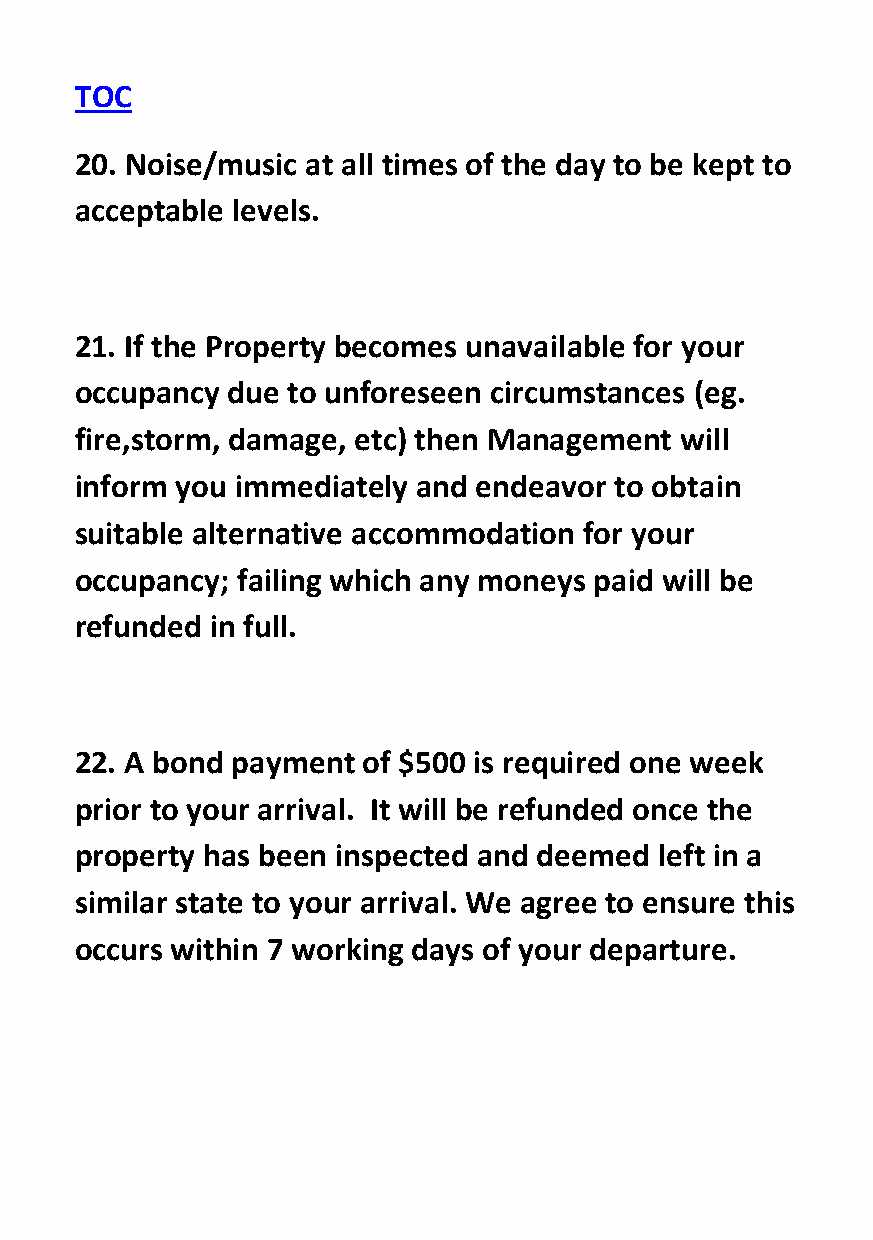
TOC
 20. Noise/music at all times of the day to be kept to
 acceptable levels.
 21. If the Property becomes unavailable for your
 occupancy due to unforeseen circumstances (eg.
 fire,storm, damage, etc) then Management will
 inform you immediately and endeavor to obtain
 suitable alternative accommodation for your
 occupancy; failing which any moneys paid will be
 refunded in full.
 22. A bond payment of $500 is required one week
 prior to your arrival. It will be refunded once the
 property has been inspected and deemed left in a
 similar state to your arrival. We agree to ensure this
 occurs within 7 working days of your departure.